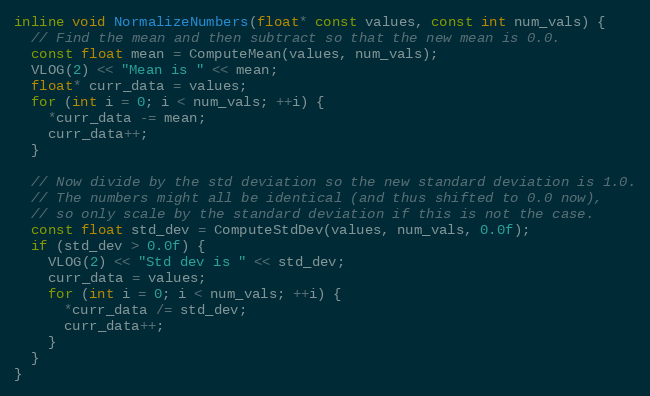
Language: C
inline void NormalizeNumbers(float* const values, const int num_vals) {
  // Find the mean and then subtract so that the new mean is 0.0.
  const float mean = ComputeMean(values, num_vals);
  VLOG(2) << "Mean is " << mean;
  float* curr_data = values;
  for (int i = 0; i < num_vals; ++i) {
    *curr_data -= mean;
    curr_data++;
  }

  // Now divide by the std deviation so the new standard deviation is 1.0.
  // The numbers might all be identical (and thus shifted to 0.0 now),
  // so only scale by the standard deviation if this is not the case.
  const float std_dev = ComputeStdDev(values, num_vals, 0.0f);
  if (std_dev > 0.0f) {
    VLOG(2) << "Std dev is " << std_dev;
    curr_data = values;
    for (int i = 0; i < num_vals; ++i) {
      *curr_data /= std_dev;
      curr_data++;
    }
  }
}